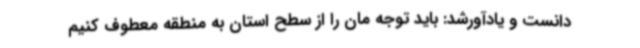
دانست و یادآورشد: باید توجه مان را از سطح استان به منطقه معطوف کنیم